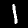
Digit: 1